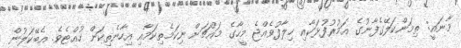
މާނައީ: ތިމަންކަލޭގެފާނުގެ އަމުރުފުޅަކާއި ޚިލާފުވެއްޖެ މީހާގެ މައްޗަށް ނިކަމެތިކަމާއި އިހާނެތިކަން ހުއްޓެވެ. އެބޭކަލުން